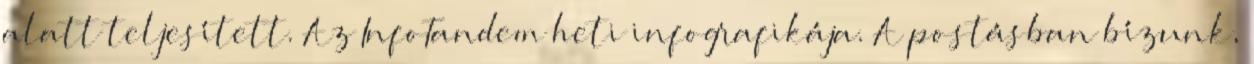
alatt teljesített. Az InfoTandem heti infografikája. A postásban bízunk,